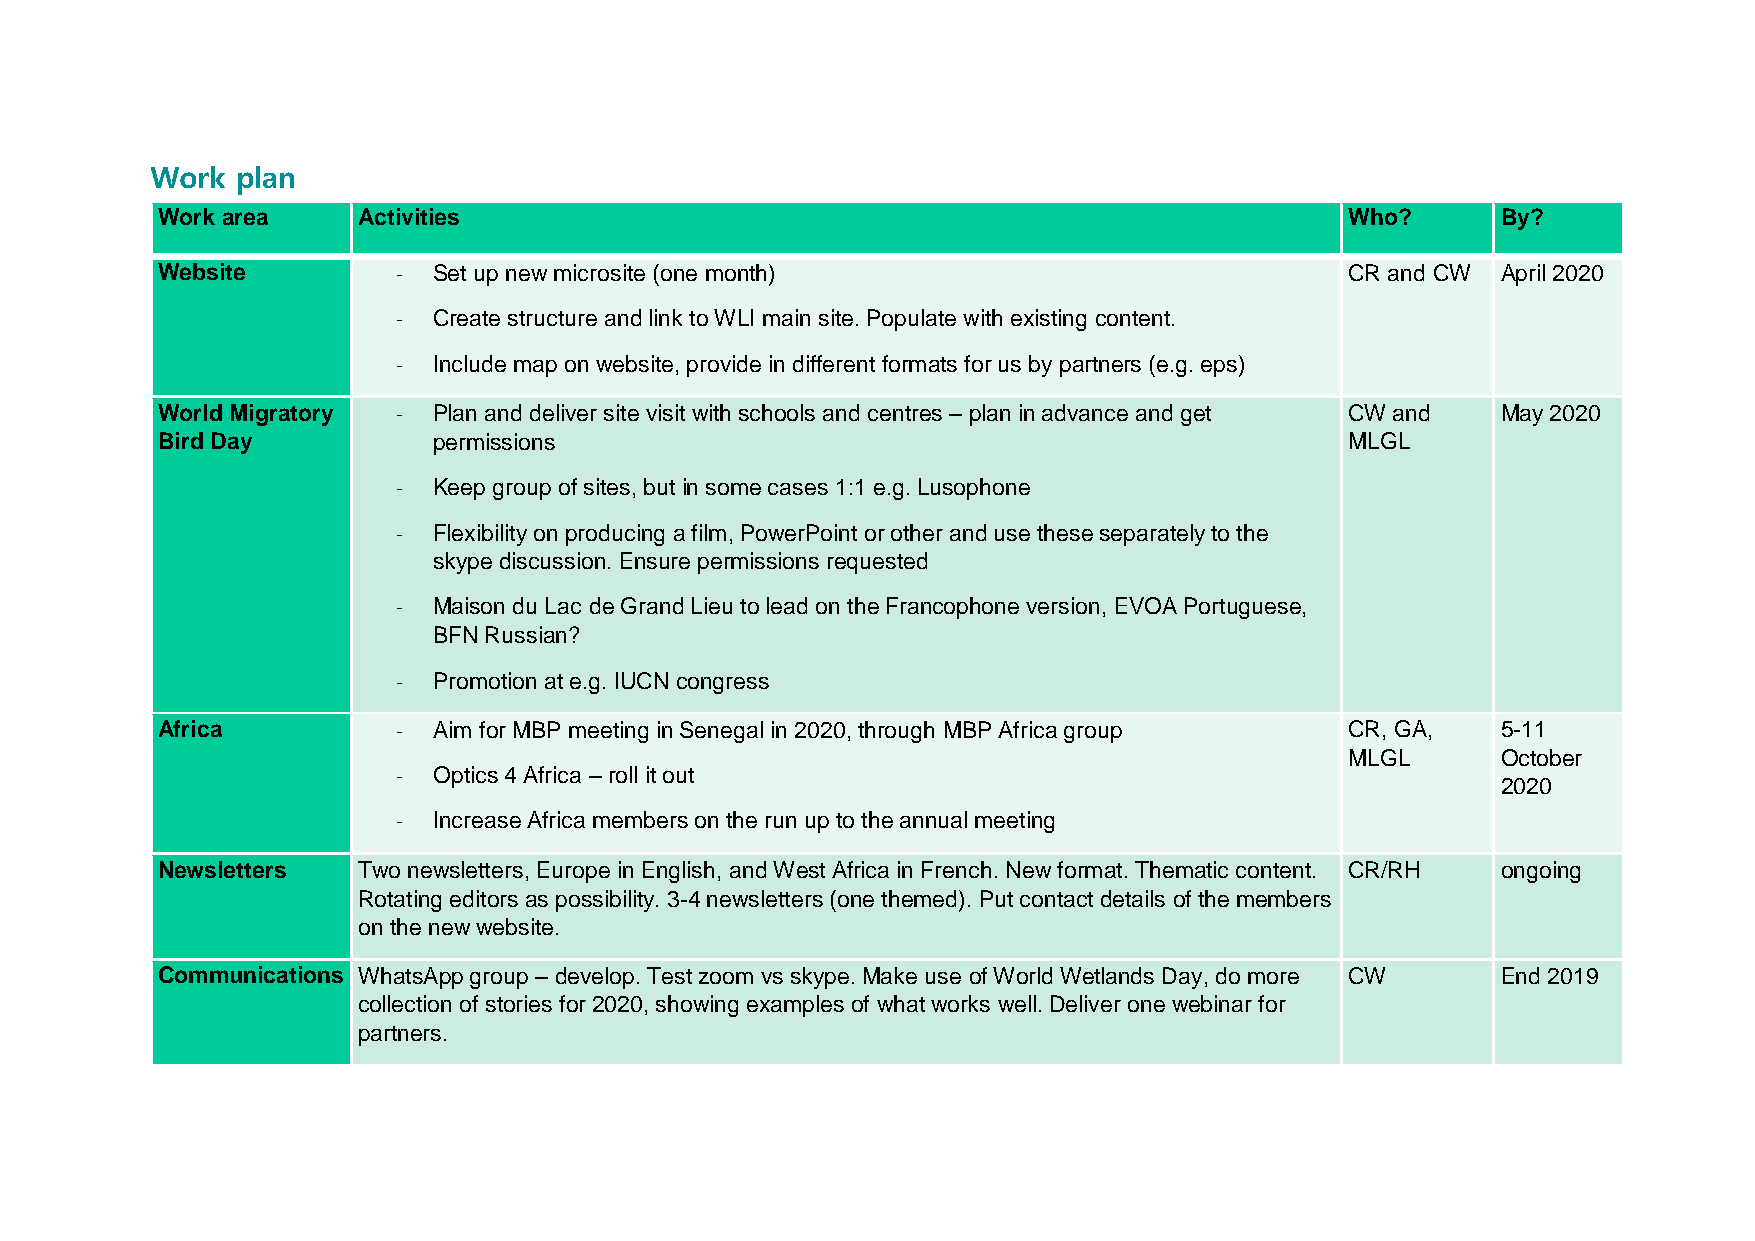
Work  plan
 Work area     Activities                                                       Who?      By?
 Website         -  Set up new microsite (one month)                            CR and CW April 2020
 -  Create structure and link to WLI main site. Populate with existing content.
 -  Include map on website, provide in different formats for us by partners (e.g. eps)
 World Migratory -  Plan and deliver site visit with schools and centres – plan in advance and get CW and May 2020
 Bird Day           permissions                                                 MLGL
 -  Keep group of sites, but in some cases 1:1 e.g. Lusophone
 -  Flexibility on producing a film, PowerPoint or other and use these separately to the
 skype discussion. Ensure permissions requested
 -  Maison du Lac de Grand Lieu to lead on the Francophone version, EVOA Portuguese,
 BFN Russian?
 -  Promotion at e.g. IUCN congress
 Africa          -  Aim for MBP meeting in Senegal in 2020, through MBP Africa group CR, GA, 5-11
 MLGL      October
 -  Optics 4 Africa – roll it out
 2020
 -  Increase Africa members on the run up to the annual meeting
 Newsletters   Two newsletters, Europe in English, and West Africa in French. New format. Thematic content. CR/RH ongoing
 Rotating editors as possibility. 3-4 newsletters (one themed). Put contact details of the members
 on the new website.
 Communications WhatsApp group – develop. Test zoom vs skype. Make use of World Wetlands Day, do more CW End 2019
 collection of stories for 2020, showing examples of what works well. Deliver one webinar for
 partners.